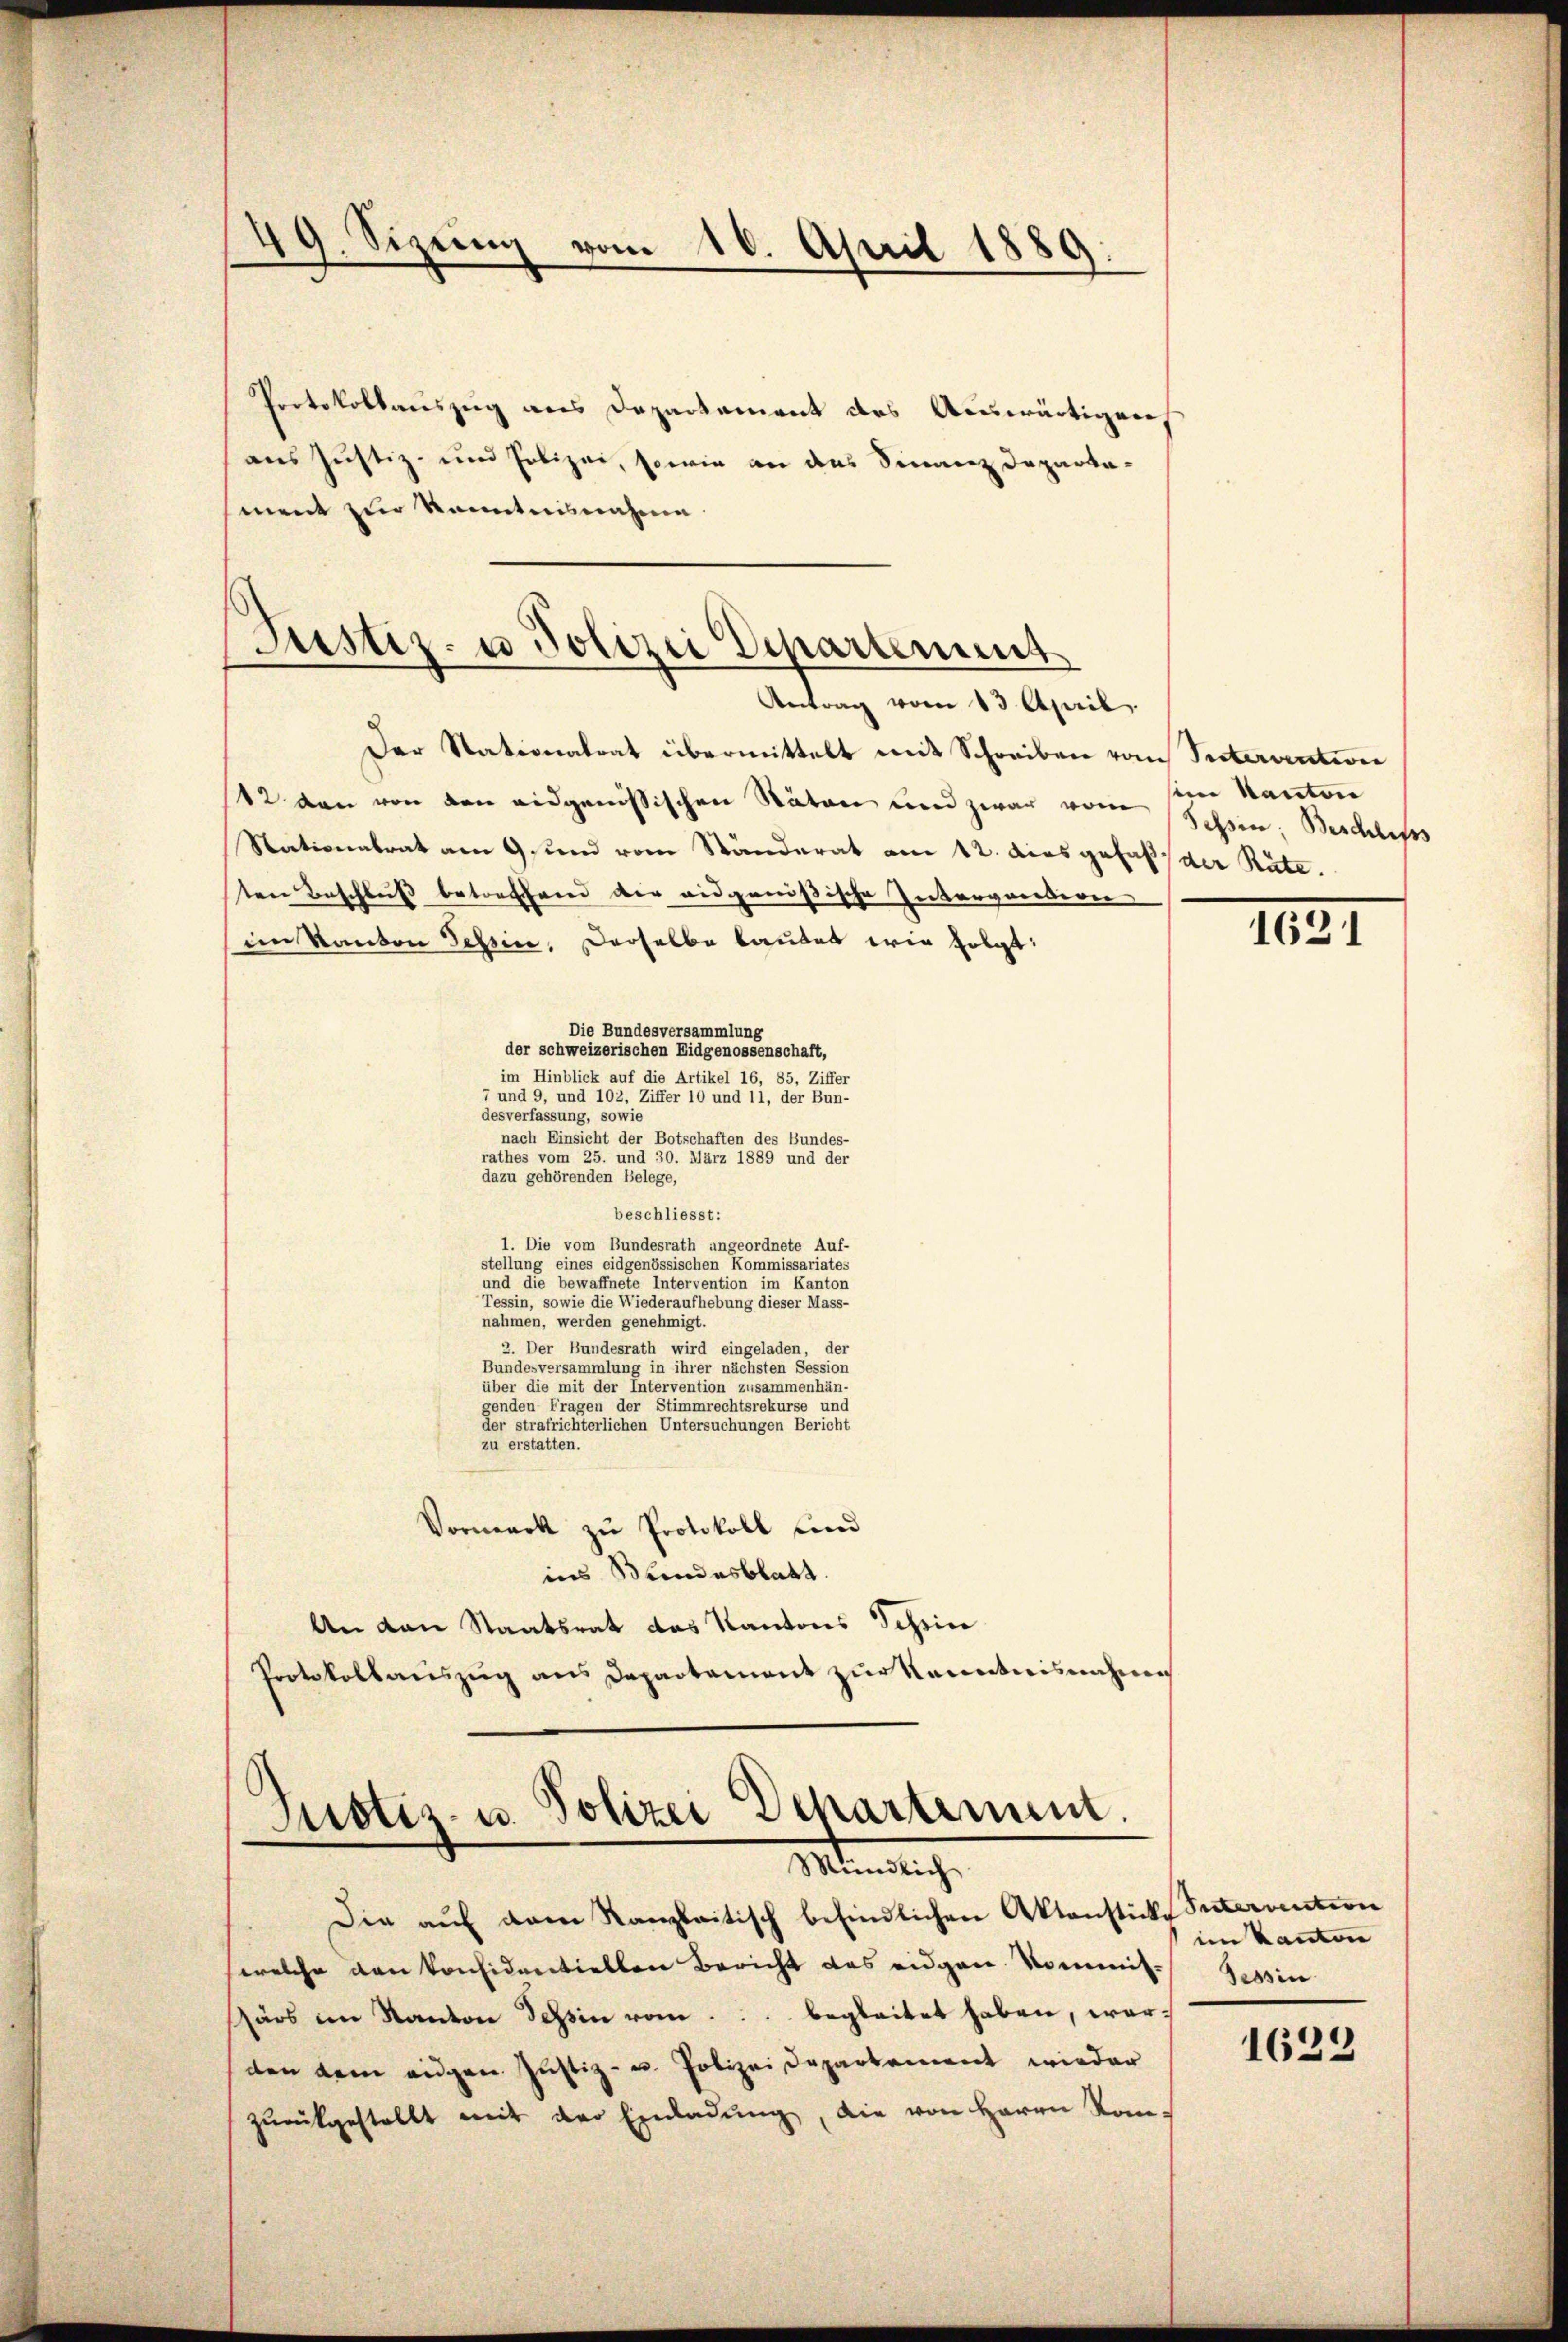
49. Sizung vom 10. April 1889:

Protokollauszug aus Departament des Auswärtigen,
aus Justiz- und Polizei, sowie an das Finanz Daparkament zur Kenntnisnahme
Antrag vom 13 April
Der Stationalrat übermittelt mit Schreiben vom Intervention
42 den von den eidgenössischen Räten und zwar vom sein Kanton
Nationalrat am 9. und vom Ständerat am 12. dies gefaßt der Räte.
ten Beschluß betreffend der eidgenößische Intervorbiren
im Kanton Tessin, Derselbe lautet wie folgt:
Die Bundesversammlung
der schweizerischen Eidgenossenschaft,
im Hinblick auf die Artikel 16, 85, Ziffer
7 und 9, und 102, Ziffer 10 und 11, der Bun-
desverfassung, sowie
nach Einsicht der Botschaften des Bundes-
rathes vom 25. und 30. März 1889 und der
dazu gehörenden Belege,
beschliesst:
1. Die vom Bundesrath angeordnete Auf-
stellung eines eidgenössischen Kommissariates
und die bewaffnete einen terrention im Kanton
Tessin, sowie die Wiederaufhebung dieser Mass-
nahmen, werden genehmigt.
2. Der Bundesrath wird eingeladen, der
Bundesversammlung in ihrer nächsten Session
über die nichten der intervention zusammenhängenden Fragen der Stimmrechtsrekurse und
der strafrichterlichen Untersuchungen Bericht
zu erstatten.
Vormark zu Protokoll und
ins Wundesblatt.
An den Staatsrat das Kantons Schrie
Protokollauszug aus Departement zur Kenntnisnahme

Justiz- u Polizei Departement

Justiz- u. Polizei Scharterum.
Mündlich

Die auf dem Ranzbaitisch befindlichen Aktenstücke Interuntern
welche den konsidentiellen Bericht das eidgen. Kommis-
ärs im Kanton Tessin vom... begleitet haben, worden dem eigen Justiz- u. Polizei Departement wieder
zŭrückgestellt mit der Einladŭng, die von Herrn Kan¬

Sehen; Beschluss

103

im Kanton
Tessin

1623